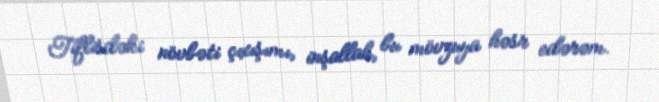
Tiflisdəki növbəti çıxışımı, inşallah, bu mövzuya həsr edərəm.